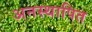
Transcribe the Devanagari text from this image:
अनस्थापित